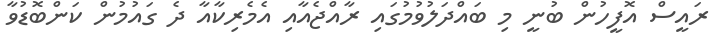
ރައީސް އޮފީހުން ބުނީ މި ބައްދަލުވުމުގައި ރާއްޖެއާއި އެމެރިކާއާ ދެ ގައުމުން ކަންބޮޑުވާ